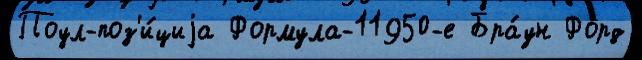
Поул-поз'и́циjа Формула-11950-е Бра́ун Форд